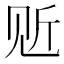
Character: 𲁒